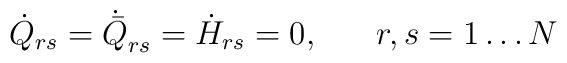
\dot{Q}_{rs} = \dot{\bar{Q}}_{rs} = \dot{H}_{rs} = 0, \;\;\;\;\;\; r,s = 1 \ldots N